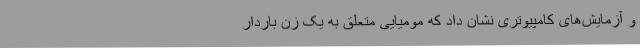
و آزمایش‌های کامپیوتری نشان داد که مومیایی متعلق به یک زن باردار